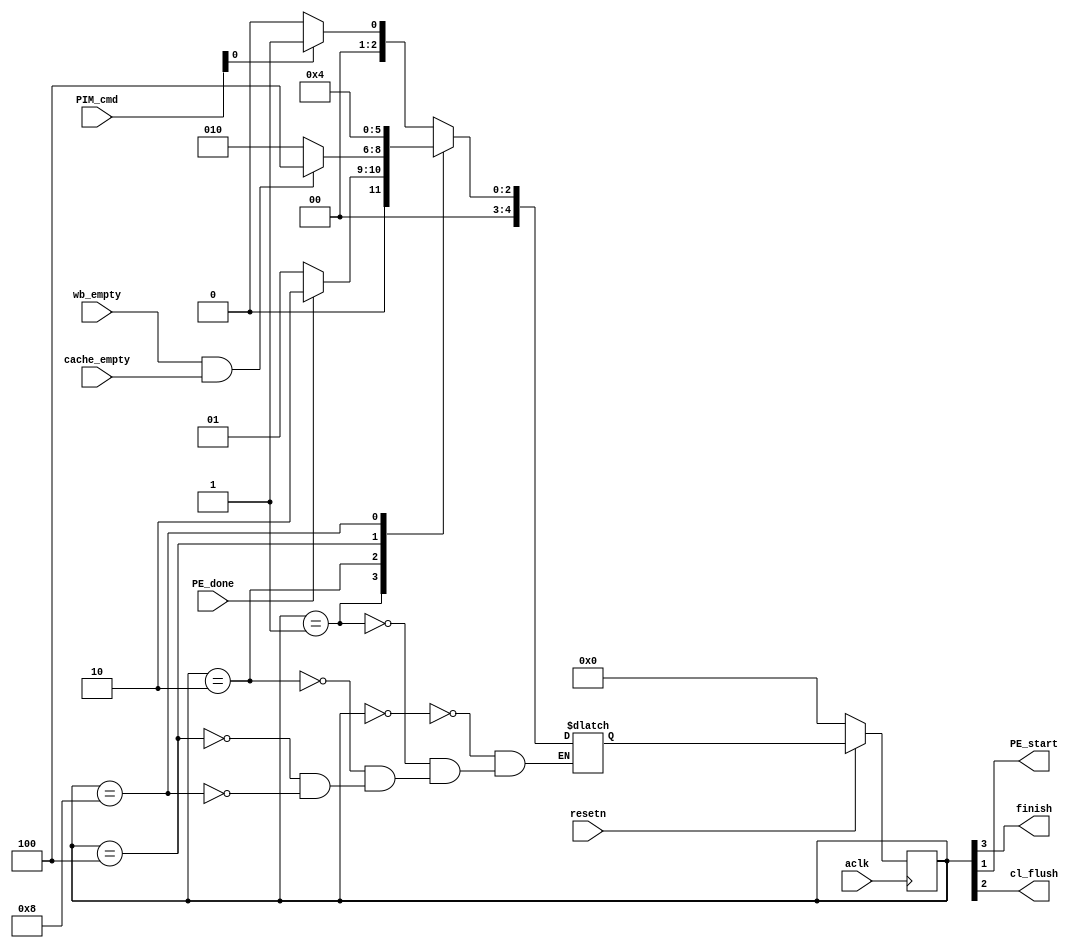
`timescale 1ns / 1ps
//--------------------------------------------------------------------------------
//Tool Version: Vivado v.2019.1 (win64) 
//Host        : Duheon
//Design      : PIM_controller
//Version     : 0.2
//--------------------------------------------------------------------------------

module PIM_controller# (
	parameter integer MMR_AXI_DATA_WIDTH = 64,
	parameter integer MMR_AXI_ADDR_WIDTH = 40,
	parameter integer NDP_AXI_DATA_WIDTH = 512,
	parameter integer NDP_AXI_ADDR_WIDTH = 40,
	parameter integer PAGETABLE_SIZE = 1024 * 1024 * 8,
	parameter integer MMR_SIZE = 1024,	
	parameter integer STATE_BIT = 5
  )(
	input wire aclk,
	input wire resetn,
	input wire [31:0] PIM_cmd,
	input wire PE_done,
	input wire wb_empty,
	input wire cache_empty,
	output wire finish,
	output wire PE_start,
	output wire cl_flush
  );
	localparam START_BIT = 0;
	localparam [STATE_BIT-1:0]
		STATE_READY = 0,
		STATE_RUN = 1,
		STATE_CLFLUSH = 2,
		STATE_FINISH = 4,
		STATE_ERROR = 8;
	localparam [3-1:0]
		STATE_READY_BIT = 0,
		STATE_RUN_BIT = 1,
		STATE_CLFLUSH_BIT = 2,
		STATE_FINISH_BIT = 3,
		STATE_ERROR_BIT = 4;		
	reg [STATE_BIT-1:0] PIM_CS_fsm;
	reg [STATE_BIT-1:0] PIM_NS_fsm;
	
	always@(*) begin
		case(PIM_CS_fsm)
			STATE_READY:begin
				if(PIM_cmd[START_BIT]==1) begin
					PIM_NS_fsm = STATE_RUN;
				end
				else begin
					PIM_NS_fsm = STATE_READY;
				end
			end
			STATE_RUN:begin
				if(PE_done==1) begin
					PIM_NS_fsm = STATE_CLFLUSH;
				end
				else begin
					PIM_NS_fsm = STATE_RUN;
				end				
			end		
			STATE_CLFLUSH:begin
				if(wb_empty&cache_empty) begin
					PIM_NS_fsm = STATE_FINISH;
				end
				else begin
					PIM_NS_fsm = STATE_CLFLUSH;
				end
			end			
			STATE_FINISH:begin
				PIM_NS_fsm = STATE_READY;
			end
			STATE_ERROR:begin
				PIM_NS_fsm = STATE_FINISH;
			end
		endcase
	end
	
	always @ (posedge aclk) begin
		if(~resetn) begin
			PIM_CS_fsm <= STATE_READY;
		end
		else begin
			PIM_CS_fsm <= PIM_NS_fsm;
		end
	end
	
	assign finish = (PIM_CS_fsm[STATE_FINISH_BIT] == 1);
	assign PE_start = (PIM_CS_fsm[STATE_RUN_BIT] == 1);
	assign cl_flush = (PIM_CS_fsm[STATE_CLFLUSH_BIT] == 1);
endmodule